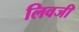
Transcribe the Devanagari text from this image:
लिवजी